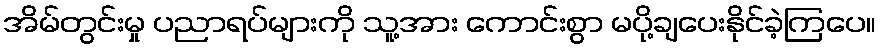
အိမ်တွင်းမှု ပညာရပ်များကို သူ့အား ကောင်းစွာ မပို့ချပေးနိုင်ခဲ့ကြပေ။